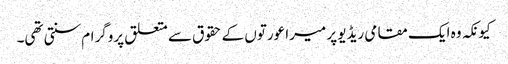
کیونکہ وہ ایک مقامی ریڈیو پر میرا عورتوں کے حقوق سے متعلق پروگرام سنتی تھی۔